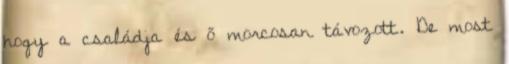
hogy a családja és ő morcosan távozott. De most